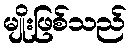
မျိုးဖြစ်သည်